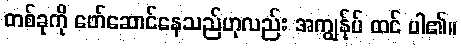
တစ်ခုကို ဖော်ဆောင်နေသည်ဟုလည်း အကျွန်ုပ် ထင် ပါ၏။